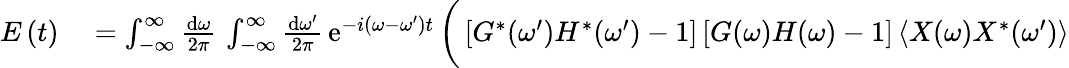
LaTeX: \begin{array}{rl}{E\left(t\right)}&{{}=\int_{-\infty}^{\infty}\frac{\mathrm{d}\omega}{2\pi}\, \int_{-\infty}^{\infty}\frac{\mathrm{d}\omega^{\prime}}{2\pi}\, \mathrm{e}^{-i\left(\omega-\omega^{\prime}\right)t}\, \bigg(\left[G^{*}(\omega^{\prime})H^{*}(\omega^{\prime})-1\right]\left[G(\omega)H(\omega)-1\right]\left\langle X(\omega)X^{*}(\omega^{\prime})\right\rangle}\end{array}